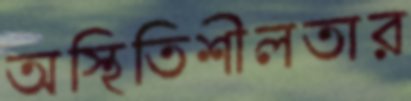
অস্থিতিশীলতার